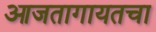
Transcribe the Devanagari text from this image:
आजतागायतचा